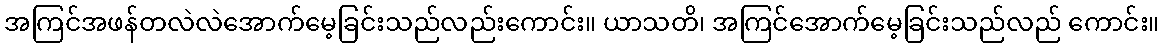
အကြင်အဖန်တလဲလဲအောက်မေ့ခြင်းသည်လည်းကောင်း။ ယာသတိ၊ အကြင်အောက်မေ့ခြင်းသည်လည် ကောင်း။